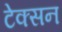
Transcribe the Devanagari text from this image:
टेक्सन